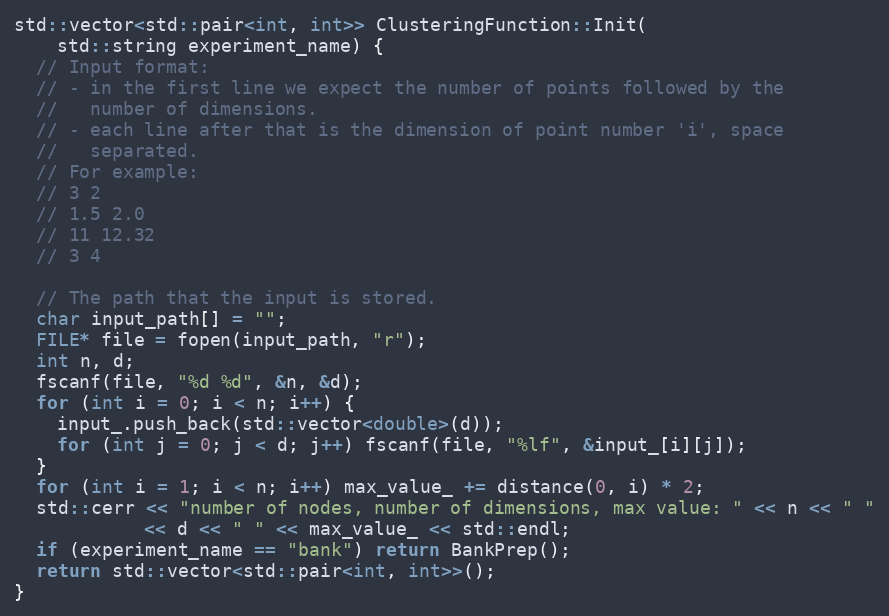
Language: C++
std::vector<std::pair<int, int>> ClusteringFunction::Init(
    std::string experiment_name) {
  // Input format:
  // - in the first line we expect the number of points followed by the
  //   number of dimensions.
  // - each line after that is the dimension of point number 'i', space
  //   separated.
  // For example:
  // 3 2
  // 1.5 2.0
  // 11 12.32
  // 3 4

  // The path that the input is stored.
  char input_path[] = "";
  FILE* file = fopen(input_path, "r");
  int n, d;
  fscanf(file, "%d %d", &n, &d);
  for (int i = 0; i < n; i++) {
    input_.push_back(std::vector<double>(d));
    for (int j = 0; j < d; j++) fscanf(file, "%lf", &input_[i][j]);
  }
  for (int i = 1; i < n; i++) max_value_ += distance(0, i) * 2;
  std::cerr << "number of nodes, number of dimensions, max value: " << n << " "
            << d << " " << max_value_ << std::endl;
  if (experiment_name == "bank") return BankPrep();
  return std::vector<std::pair<int, int>>();
}